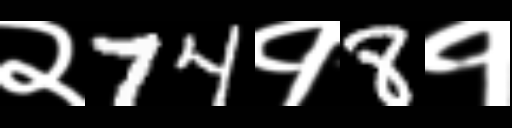
Text: २74१8१